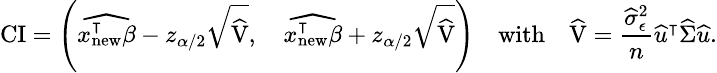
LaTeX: \small\mathrm{CI}=\left(\widehat{x_{\mathrm{new}}^{\intercal}\beta}-z_{\alpha/2}\sqrt{\widehat{\mathrm{V}}},\quad\widehat{x_{\mathrm{new}}^{\intercal}\beta}+z_{\alpha/2}\sqrt{\widehat{\mathrm{V}}}\right)\quad\mathrm{with}\quad\widehat{\mathrm{V}}=\frac{\widehat{\sigma}_{\epsilon}^{2}}{n}\widehat{u}^{\intercal}\widehat{\Sigma}\widehat{u}.